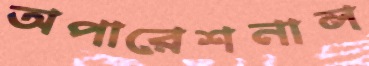
অপারেশনাল